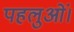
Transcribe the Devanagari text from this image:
पहलुओं।